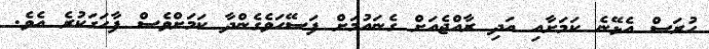
ހުރަސް އެޅޭނެ ކަމަށާއި އަދި ރާއްޖެއަށް ގެނައުމަށް ފަސޭހަވެގެންދާ ކަމަށްވެސް ފާހަގަކުރެ އެވެ.